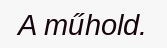
A műhold.